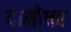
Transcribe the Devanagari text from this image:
दामोधर